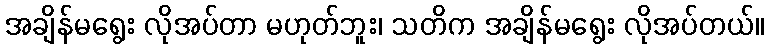
အချိန်မရွေး လိုအပ်တာ မဟုတ်ဘူး၊ သတိက အချိန်မရွေး လိုအပ်တယ်။